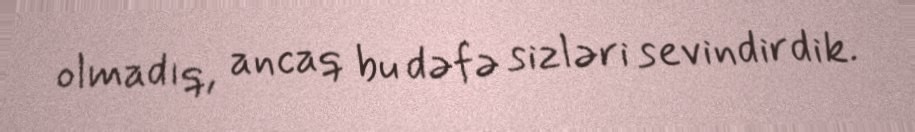
olmadıq, ancaq bu dəfə sizləri sevindirdik.